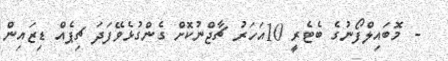
- މޮބައިލްފޯނުގެ ބެޓެރީ 10އަހަރު ޗާޖްނުކޮށް ގެންގުޅެވޭފަދަ ޗިޕެއް ޑިޒައިން